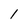
Character: l